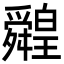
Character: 䑟